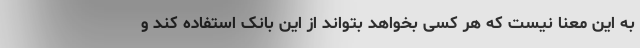
به این معنا نیست که هر کسی بخواهد بتواند از این بانک استفاده کند و